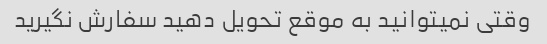
وقتی نمیتوانید به موقع تحویل دهید سفارش نگیرید